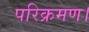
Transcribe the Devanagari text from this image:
परिक्रमण।